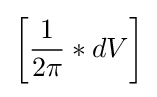
\left[{\frac {1}{2\pi }}*dV\right]